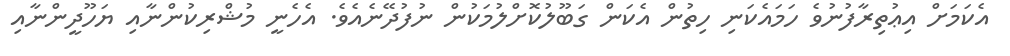
އެކަމަށް އިޢުތިރާފުނުވެ ހަމައެކަނި ހިތުން އެކަން ގަބޫލުކޮށްލުމަކުން ނުފުދޭނެއެވެ. އެހެނީ މުޝްރިކުންނާއި ޔަހޫދީންނާއި